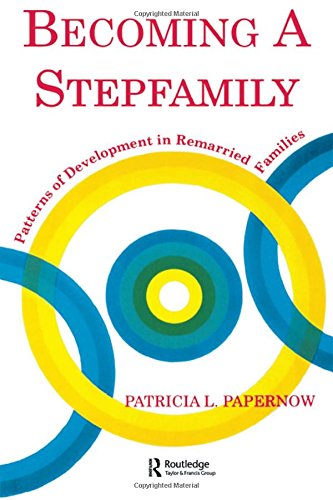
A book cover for Becoming A Stepfamily: Patterns of Development in Remarried Families (Gestalt Institute of Cleveland Book S); Patricia L. Papernow; Parenting & Relationships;